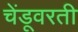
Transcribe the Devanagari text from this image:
चेंडूवरती